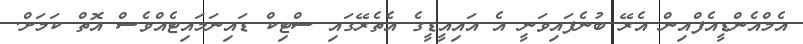
އެމްއެންޑީއެފްއިން އެރޭ ބުނެފައިވަނީ އެ އައިއީޑީގެ އެތެރޭގައި ސްޓިކް ޑައިނަމައިޓެއްވެސް އޮތް ކަމަށް.